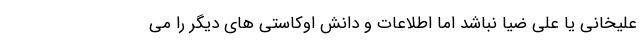
علیخانی یا علی ضیا نباشد اما اطلاعات و دانش اوکاستی های دیگر را می